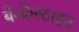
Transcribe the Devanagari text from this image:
बेन्केस्टाइन